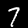
Label: 7